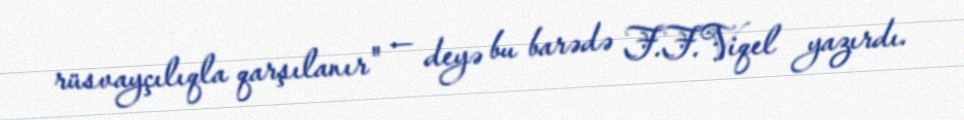
rüsvayçılıqla qarşılanır" — deyə bu barədə F.F.Viqel yazırdı.